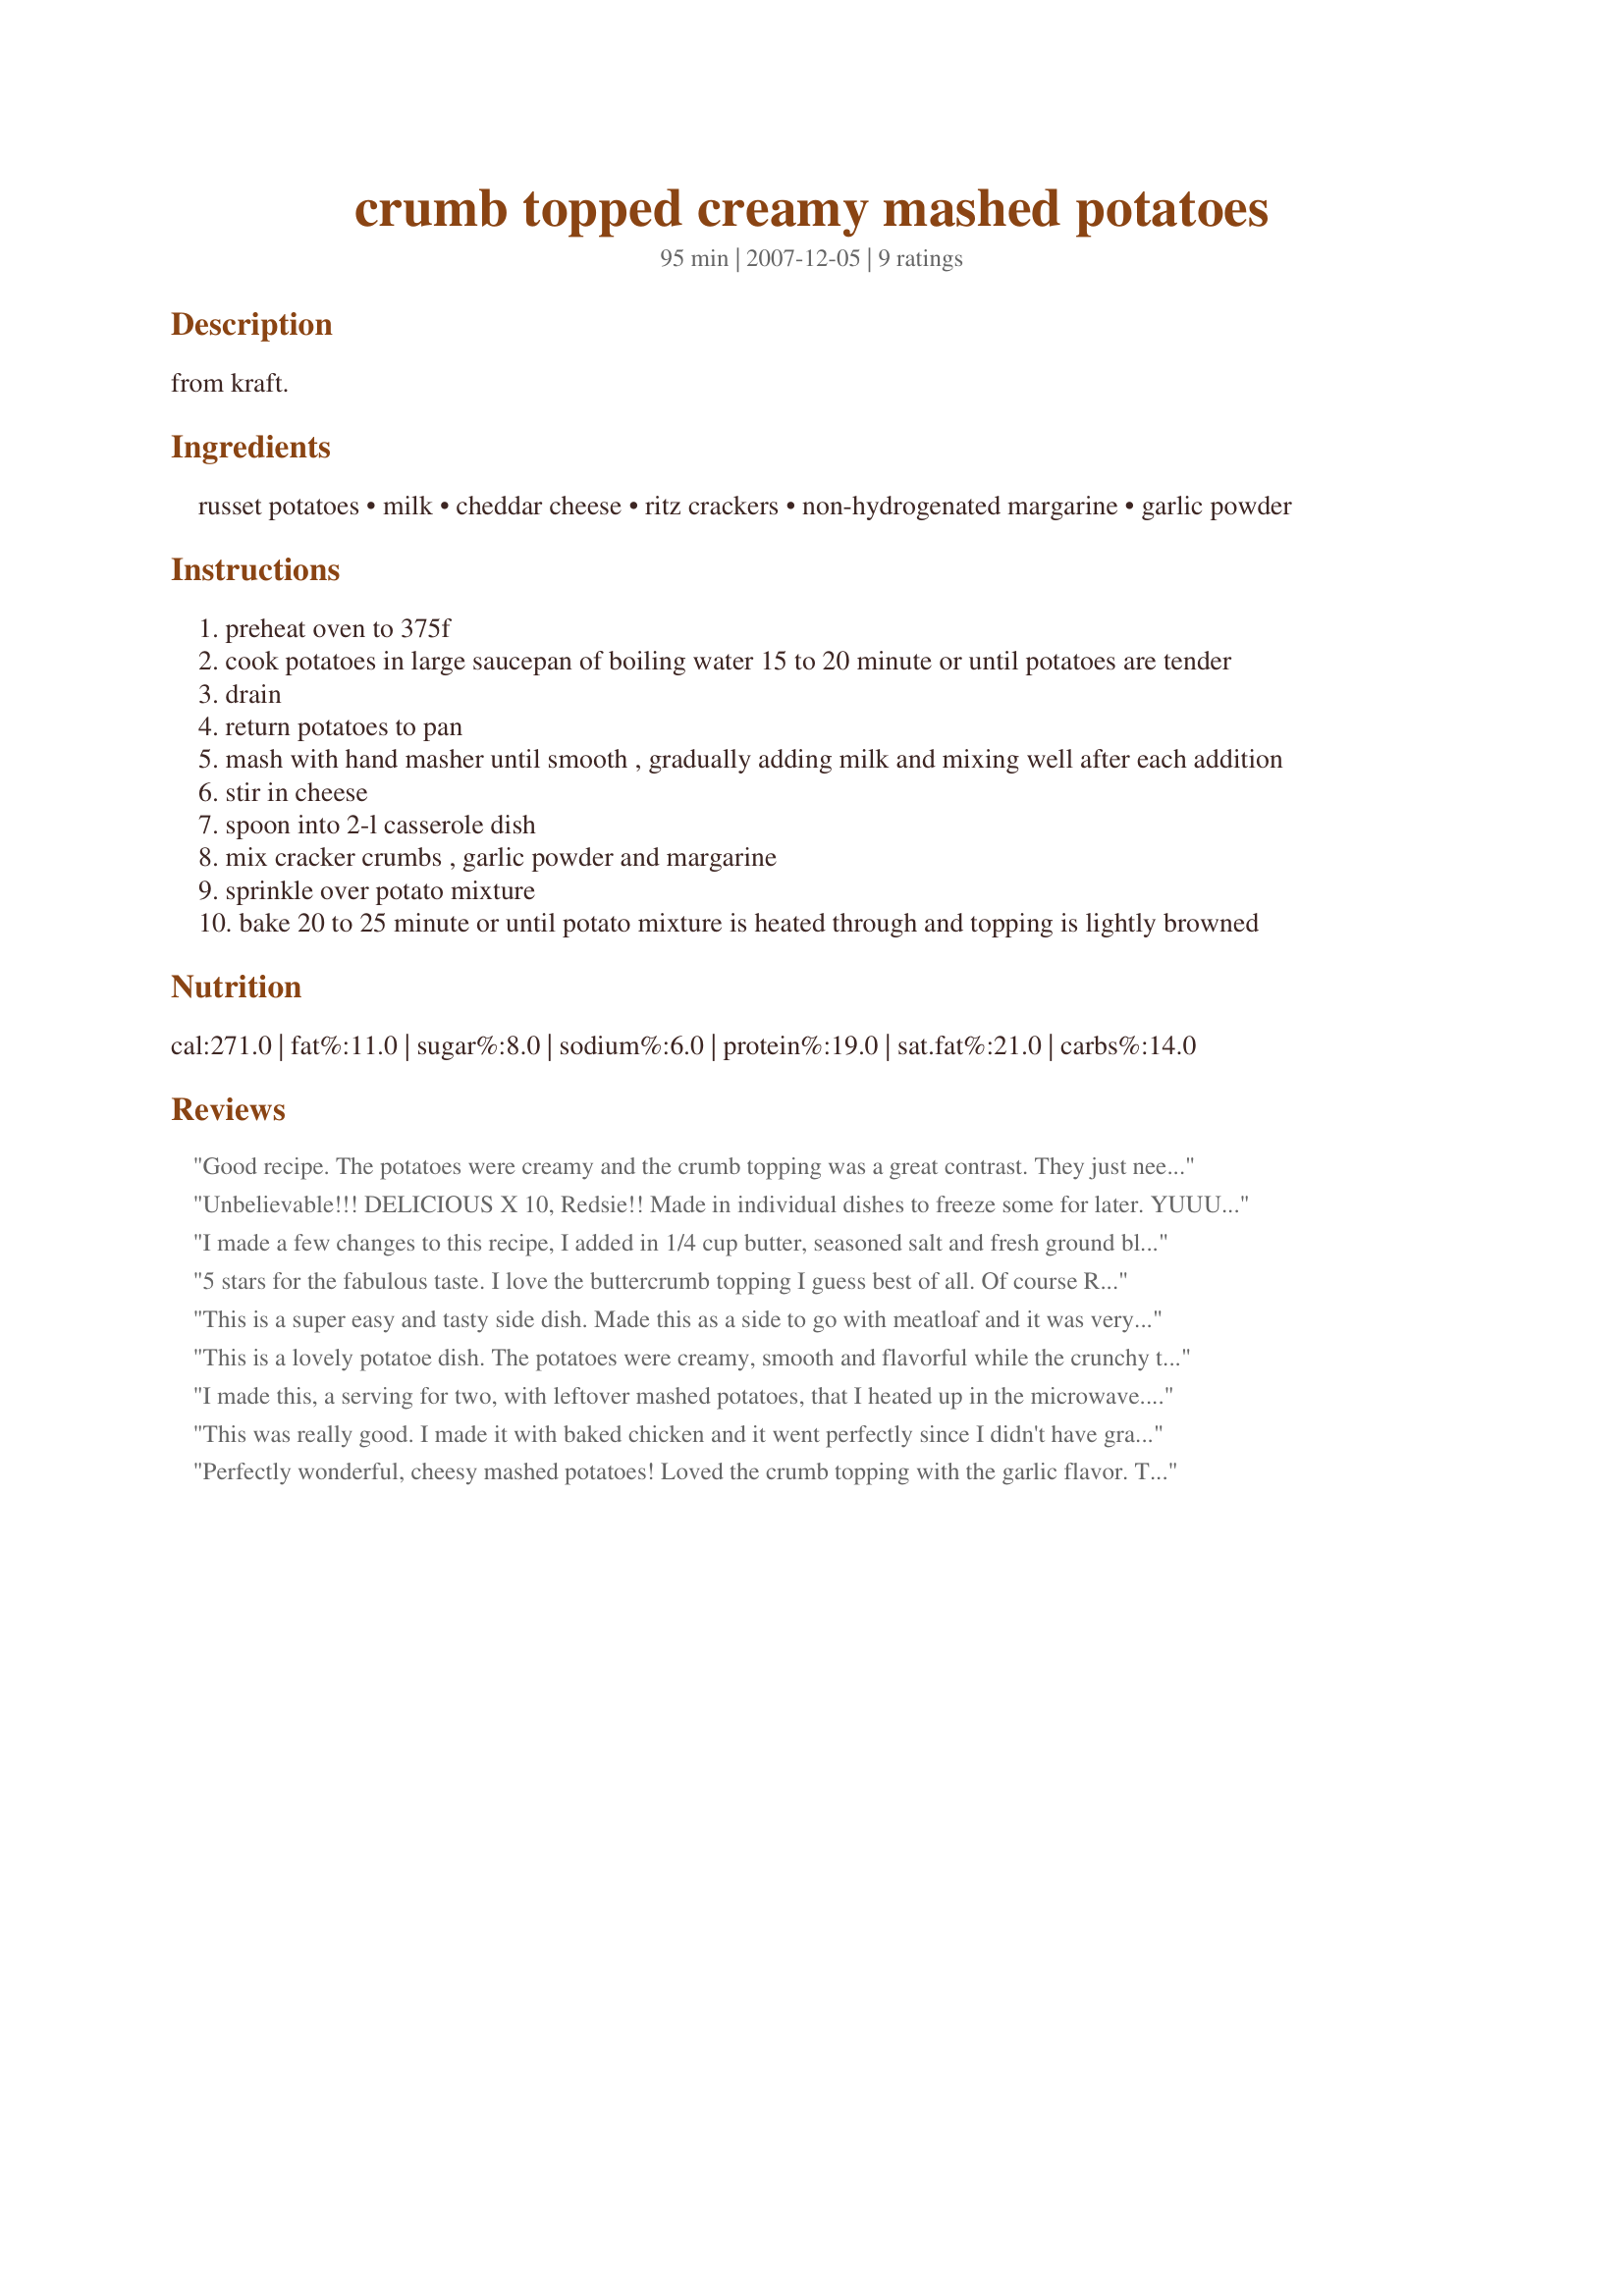
crumb topped creamy mashed potatoes
Preparation time: 95 minutes

from kraft.

Ingredients:
russet potatoes, milk, cheddar cheese, ritz crackers, non-hydrogenated margarine, garlic powder

Steps:
preheat oven to 375f
cook potatoes in large saucepan of boiling water 15 to 20 minute or until potatoes are tender
drain
return potatoes to pan
mash with hand masher until smooth , gradually adding milk and mixing well after each addition
stir in cheese
spoon into 2-l casserole dish
mix cracker crumbs , garlic powder and margarine
sprinkle over potato mixture
bake 20 to 25 minute or until potato mixture is heated through and topping is lightly browned

Reviews:
Good recipe. The potatoes were creamy and the crumb topping was a great contrast. They just needed some salt and pepper. DH loved them.
Unbelievable!!! DELICIOUS X 10, Redsie!! Made in individual dishes to freeze some for later. YUUUUUUMMMMMMMMM! Must confess...made with real butter. I know (rollin' eyes)...more calories? but Oh!!!!! so, good!
I made a few changes to this recipe, I added in 1/4 cup butter, seasoned salt and fresh ground black pepper into the potato mixture, the cracker topping was a nice change from just regular mashed potatoes, thanks for sharing Reds, we enjoyed this!
5 stars for the fabulous taste. I love the buttercrumb topping I guess best of all. Of course Ritz crackers are always yummy and then mixed up w/garlic and butter...yummy! I used redskins for my potatoes as that's what I had on hand. Other than that, followed it word for word. Thanks Red....another good one in my book(s):0
This is a super easy and tasty side dish. Made this as a side to go with meatloaf and it was very good.
This is a lovely potatoe dish. The potatoes were creamy, smooth and flavorful while the crunchy topping was a lovely contrast. I liked that the cheese didn't overpower the potatoes. I will make these again, thank you for posting.
I made this, a serving for two, with leftover mashed potatoes, that I heated up in the microwave. I then added some extra milk, the cheese and the garlic powder. I then mixed the melt butter with the crackers and topped the potatoes and then put in the oven to bake. I was flipping between 4 and 5 stars, as I am used to gravy with mashed potatoes so not as dry, but also like all the ingredients and the two different textures. Next time I would add some seasoned salt and more butter, as Kittencal did for the potatoes!! Thanks for posting Redsie. Made for Stars Tag.
This was really good. I made it with baked chicken and it went perfectly since I didn't have gravy. These potatoes stand well alone without the gravy. Yum!
Perfectly wonderful, cheesy mashed potatoes! Loved the crumb topping with the garlic flavor. They looked fantastic coming out of the oven all toasty brown on top. I did add a little extra milk and some salt and pepper when I mixed up the mashed potatoes!
